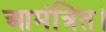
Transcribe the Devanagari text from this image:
आमंत्रित।